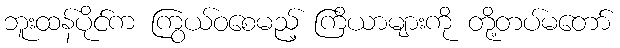
ဘူးထန်ပိုင်က ကြွယ်ဝစေမည့် ကြိယာများကို တို့တပ်မတော်